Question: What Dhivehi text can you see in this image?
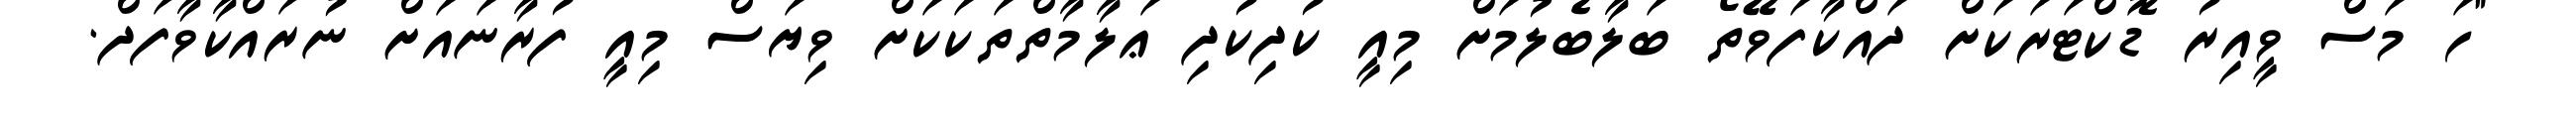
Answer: "ހަ މަސް ވީއިރު ޑޮކްޓަރަކަށް ދައްކާފަވޭތޯ ބަލާބެލުމަށް މިއީ ކުދިކުދި ޢަލާމާތްތަކަކަށް ވިޔަސް މިއީ ފުރާނައަށް ނުރައްކާވާފަދް.